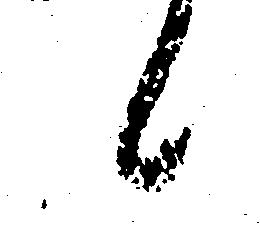
候